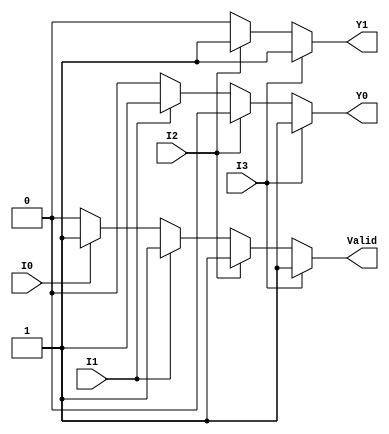
module priority_encoder_4to2 (
    input wire I0,  // Input 0 (lowest priority)
    input wire I1,  // Input 1
    input wire I2,  // Input 2
    input wire I3,  // Input 3 (highest priority)
    output reg Y1,  // Most significant bit of the output
    output reg Y0,  // Least significant bit of the output
    output reg Valid // Indicates if any input is active
);

always @(*) begin
    // Default values
    Y1 = 1'b0;
    Y0 = 1'b0;
    Valid = 1'b0;

    // Check inputs in priority order
    if (I3) begin
        Y1 = 1'b1;
        Y0 = 1'b1;
        Valid = 1'b1;
    end else if (I2) begin
        Y1 = 1'b1;
        Y0 = 1'b0;
        Valid = 1'b1;
    end else if (I1) begin
        Y1 = 1'b0;
        Y0 = 1'b1;
        Valid = 1'b1;
    end else if (I0) begin
        Y1 = 1'b0;
        Y0 = 1'b0;
        Valid = 1'b1;
    end else begin
        // If no inputs are active, Valid remains 0
        Valid = 1'b0;
    end
end

endmodule